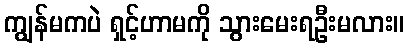
ကျွန်မကပဲ ရှင့်ဟာမကို သွားမေးရဦးမလား။